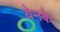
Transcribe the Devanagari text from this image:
येनके